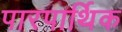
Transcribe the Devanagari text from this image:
पारपार्थिक